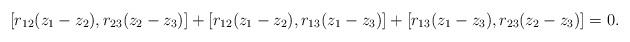
\begin{align*}[r_{12}(z_1-z_2),r_{23}(z_2-z_3)]+[r_{12}(z_1-z_2),r_{13}(z_1-z_3)]+[r_{13}(z_1-z_3),r_{23}(z_2-z_3)]=0.\end{align*}